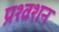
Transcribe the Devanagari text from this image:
प्रश्वशन